Leaving Certificate Examination (including Day School Certificate (Higher) General paper), 1933
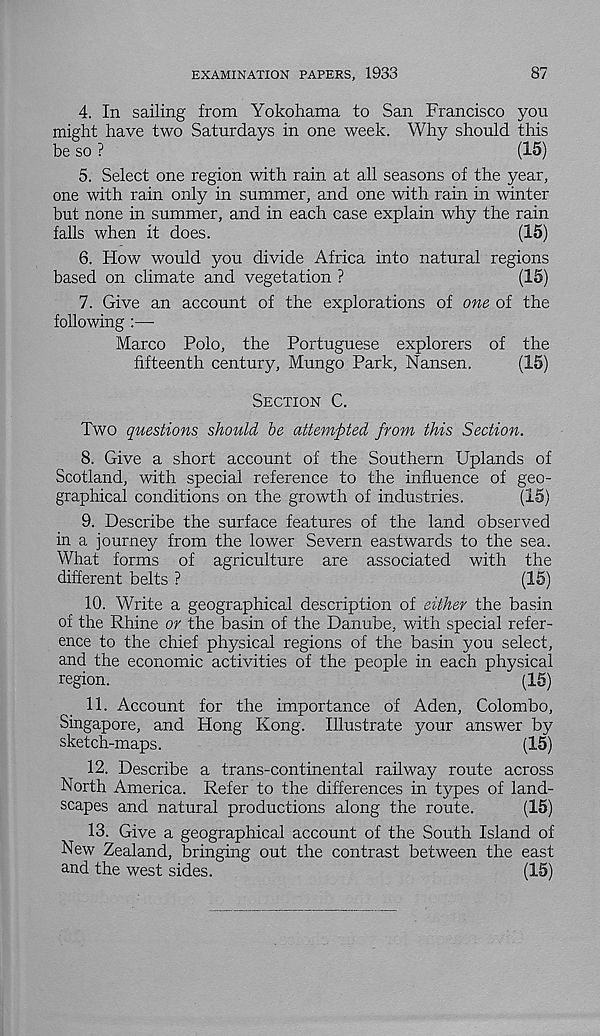
EXAMINATION PAPERS, 1933
87
4. In sailing from Yokohama to San Francisco you
might have two Saturdays in one week. Why should this
be so ?
(15)
5. Select one region with rain at all seasons of the year,
one with rain only in summer, and one with rain in winter
but none in summer, and in each case explain why the rain
falls when it does.
(15)
6. How would you divide Africa into natural regions
based on climate and vegetation ?
(15)
7. Give an account of the explorations of one of the
following :—
Marco Polo, the Portuguese explorers of the
fifteenth century, Mungo Park, Nansen.
(15)
Section C.
Two questions should he attempted from this Section.
8. Give a short account of the Southern Uplands of
Scotland, with special reference to the influence of geo-
graphical conditions on the growth of industries.
(15)
9. Describe the surface features of the land observed
in a journey from the lower Severn eastwards to the sea.
What forms of agriculture are associated with the
different belts ?
(15)
10. Write a geographical description of either the basin
of the Rhine or the basin of the Danube, with special refer-
ence to the chief physical regions of the basin you select,
and the economic activities of the people in each physical
region.
(15)
11. Account for the importance of Aden, Colombo,
Singapore, and Hong Kong. Illustrate your answer by
sketch-maps.
(15)
12. Describe a trans-continental railway route across
North America. Refer to the differences in types of land-
scapes and natural productions along the route.
(15)
13. Give a geographical account of the South Island of
New Zealand, bringing out the contrast between the east
and the west sides.
(15)